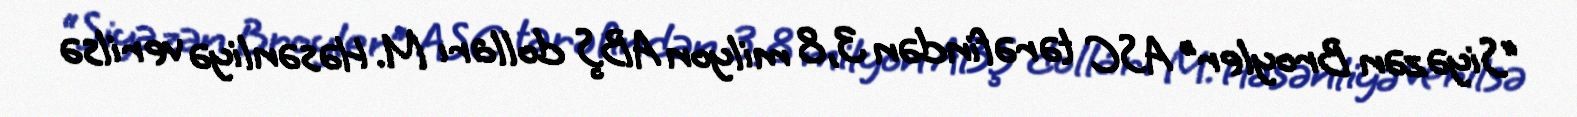
“Siyəzən Broyler” ASC tərəfindən 3,8 milyon ABŞ dolları M. Həsənliyə verilsə